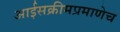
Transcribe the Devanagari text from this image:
आईसक्रीमप्रमाणेच